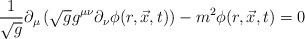
LaTeX: \begin{align*}\frac{1}{\sqrt{g}} \partial_{\mu}\left(\sqrt{g}g^{\mu\nu}\partial_{\nu}\phi(r,\vec{x},t)\right) - m^2 \phi(r,\vec{x},t)=0 \end{align*}